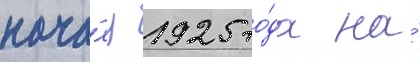
нача́лу 1925 го́да на́